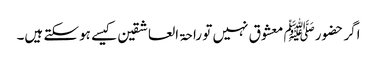
اگر حضورﷺ معشوق نہیں تو راحۃ العاشقین کیسے ہوسکتے ہیں۔